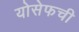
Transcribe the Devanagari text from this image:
योसेफची